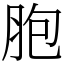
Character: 胞